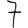
Digit: 7